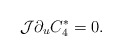
\begin{align*}\mathcal{J}\partial_{u} C_4^* =0 .\end{align*}